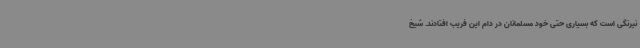
نیرنگی است که بسیاری حتی خود مسلمانان در دام این فریب افتادند. شیخ